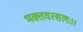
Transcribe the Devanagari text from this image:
भक्तवत्सलः।।